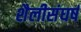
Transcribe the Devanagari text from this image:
शैलीसंघर्ष